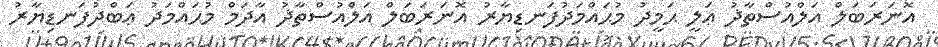
އޮނަރަބަލް އަލްއުސްތާޛު ޢަލީ ޙަމީދު މުޙައްމަދުފަނޑިޔާރު އޮނަރަބަލް އަލްއުސްތާޛު އާދަމް މުޙައްމަދު ޢަބްދުފަނޑިޔާރު